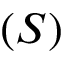
( S )